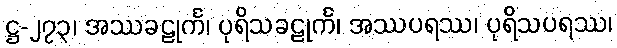
ဋ္ဌ-၂၇၃၊ အဿခဠုင်္က၊ ပုရိသခဠုင်္က၊ အဿပရဿ၊ ပုရိသပရဿ၊